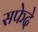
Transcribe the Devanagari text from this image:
सफेदे